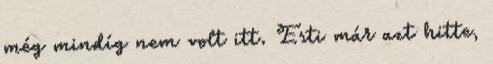
még mindíg nem volt itt. Esti már azt hitte,